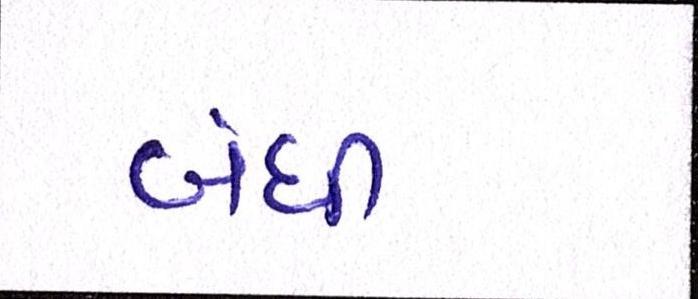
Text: બંધી